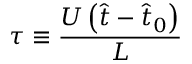
\tau \equiv \frac { U \left( \hat { t } - \hat { t } _ { 0 } \right) } { L }